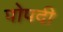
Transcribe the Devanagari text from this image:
पोपदी